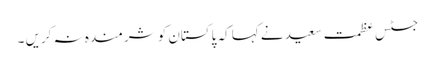
جسٹس عظمت سعید نے کہا کہ پاکستان کو شرمندہ نہ کریں ۔